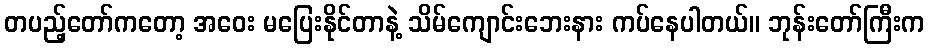
တပည့်တော်ကတော့ အဝေး မပြေးနိုင်တာနဲ့ သိမ်ကျောင်းဘေးနား ကပ်နေပါတယ်။ ဘုန်းတော်ကြီးက